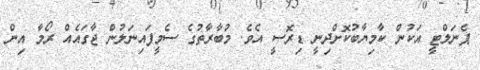
ޕެނަލްޓީ އަކުން ކާމިޔާބުކޮށްދިނީ ޑިރޮސީ އެވެ. މުބާރާތުގެ ސެމީފައިނަލުން ޖާގައެއް ރޯމާ އިން